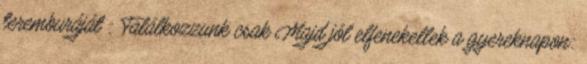
teremburáját : Találkozzunk csak Majd jól elfenekellek a gyereknapon: